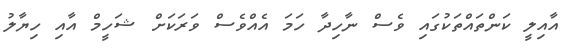
އާއިލީ ކަންތައްތަކުގައި ވެސް ނާހިދާ ހަމަ އެއްވެސް ވަރަކަށް ޝަހީމް އާއި ހިޔާލު